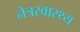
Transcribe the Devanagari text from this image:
नेत्रस्वास्थ्य